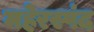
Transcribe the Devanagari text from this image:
महेरस्पंद